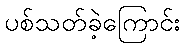
ပစ်သတ်ခဲ့ကြောင်း